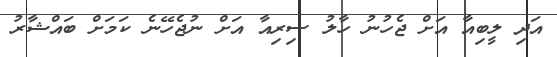
އަދި ލީބިއާ އަށް ޖެހުނު ހާލު ސިރިއާ އަށް ނުޖެހޭނެ ކަމަށް ބައްޝާރު